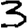
Digit: 3